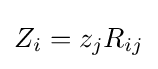
Z_{i}=z_{j}R_{ij}